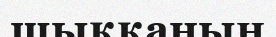
шыққаның